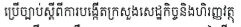
ឲ្យប្រើច្បាប់ស្តីពីការបង្កើតក្រសួងសេដ្ឋកិច្ចនិងហិរញ្ញវត្តុ